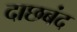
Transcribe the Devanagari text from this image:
दाछबंद